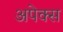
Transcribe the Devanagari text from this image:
अपेक्स